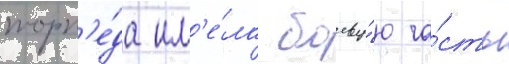
торп'е́да им'е́ла боеву́ю ча́сть